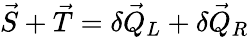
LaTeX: \vec{S}+\vec{T}=\delta\vec{Q}_{L}+\delta\vec{Q}_{R}